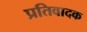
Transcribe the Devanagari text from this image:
प्रतिवादक